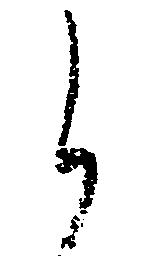
ら